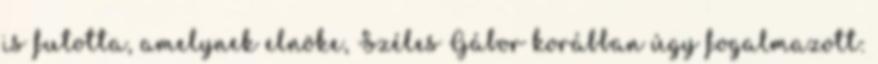
is futotta, amelynek elnöke, Széles Gábor korábban úgy fogalmazott: